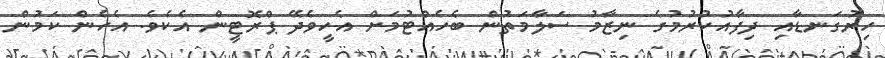
ހިރުގަނޑާއި ދިފާއުކުރުމުގެ ނިޒާމު ސަލާމަތުން ބެހެއްޓުމަށް އެހީވެދޭ ޕްރޮޓީން އެކެވެ. އެހެން ކަމުން